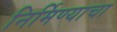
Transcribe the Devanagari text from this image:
निर्मिण्याचा